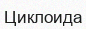
Циклоида